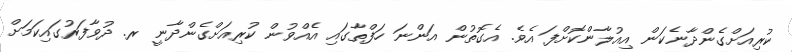
ކުރިއަށްގެންދާނެކަން އިއުލާންކޮށްފަ އެވެ. އެގޮތުން އަންނަ ހަފްތާގައި އެއްވުން ކުރިއަށްގެންދާނީ ރ. ދުވާފަރުގައިކަމަށް